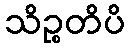
သိဉ္စတိပိ